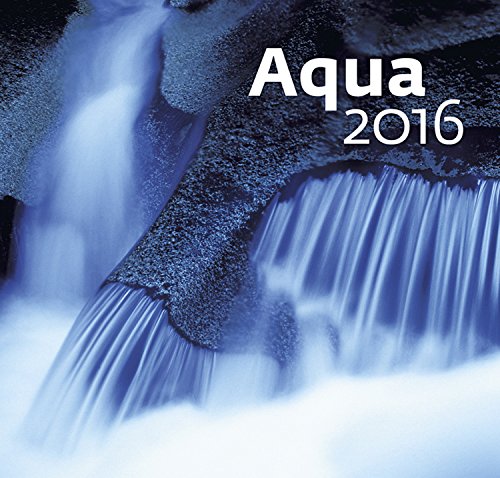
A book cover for Aqua Wall Calendar 2016 - Water Calendar - Poster Calendar - Nature Photography Calendar By Helma; MegaCalendars; Calendars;